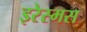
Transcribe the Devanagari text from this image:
इरेस्मस